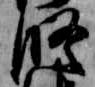
修